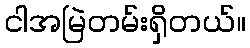
ငါအမြဲတမ်းရှိတယ်။